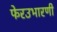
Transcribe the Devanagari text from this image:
फेरउभारणी